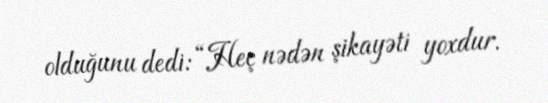
olduğunu dedi: “Heç nədən şikayəti yoxdur.